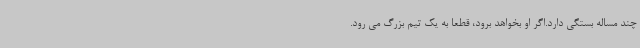
چند مساله بستگی دارد.اگر او بخواهد برود، قطعا به یک تیم بزرگ می رود.